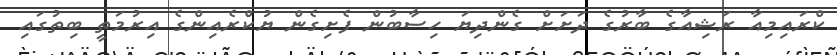
ކްރައިމިއާ ރަޝިއާގެ ބާރުގެ ދަށަށް ގެންދިޔަ ހިސާބުން ފެށިގެން ޔުކްރެއިންގެ އިރުމަތީ ބިތުގައި